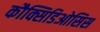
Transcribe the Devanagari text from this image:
कौक्सिडिओसिस